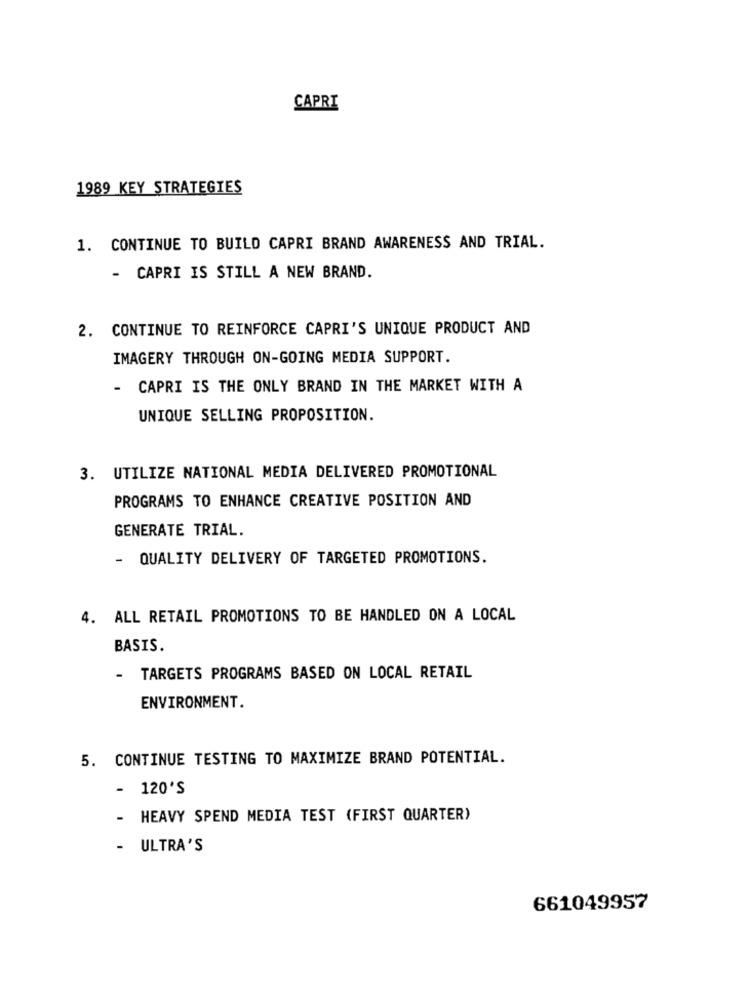
CAPRI
1989 KEY STRATEGIES
1. CONTINUE TO BUILD CAPRI BRAND AWARENESS AND TRIAL.
- CAPRI IS STILL A NEW BRAND.
2. CONTINUE TO REINFORCE CAPRI'S UNIQUE PRODUCT AND
IMAGERY THROUGH ON-GOING MEDIA SUPPORT.
- CAPRI IS THE ONLY BRAND IN THE MARKET WITH A
UNIQUE SELLING PROPOSITION.
3. UTILIZE NATIONAL MEDIA DELIVERED PROMOTIONAL
PROGRAMS TO ENHANCE CREATIVE POSITION AND
GENERATE TRIAL.
- QUALITY DELIVERY OF TARGETED PROMOTIONS.
4. ALL RETAIL PROMOTIONS TO BE HANDLED ON A LOCAL
BASIS.
- TARGETS PROGRAMS BASED ON LOCAL RETAIL
ENVIRONMENT.
5. CONTINUE TESTING TO MAXIMIZE BRAND POTENTIAL.
- 120'S
-
HEAVY SPEND MEDIA TEST (FIRST QUARTER)
ULTRA'S
661049957